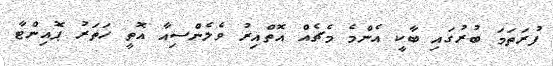
ފުރަތަމަ ބުރުގައި ބާކީ އެންމެ މެޗެއް އޮތްއިރު ވެލެންސިއާ އޮތީ ހަތަރު ޕޮއިންޓާ